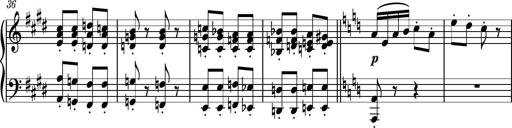
Title: Piano Sonatina No.7
Composer: Dimitri Sykias
Key: G major